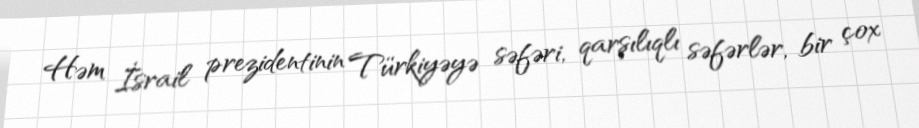
Həm İsrail prezidentinin Türkiyəyə səfəri, qarşılıqlı səfərlər, bir çox